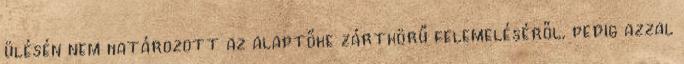
ülésén nem határozott az alaptőke zártkörű felemeléséről, pedig azzal